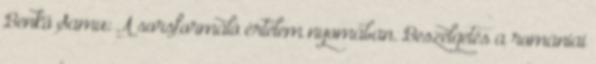
Benkő Samu: A sorsformáló értelem nyomában. Beszélgetés a romániai